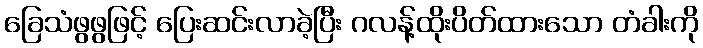
ခြေသံဖွဖွဖြင့် ပြေးဆင်းလာခဲ့ပြီး ဂလန့်ထိုးပိတ်ထားသော တံခါးကို